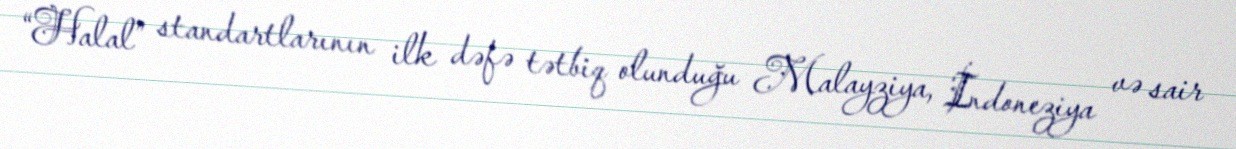
“Halal” standartlarının ilk dəfə tətbiq olunduğu Malayziya, İndoneziya və sair